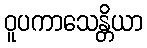
ဝူပကာသေန္တိယာ